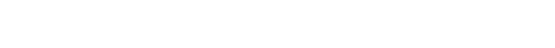
နဲ့ပဲ အံကြိတ်အားတင်းပြီး မသေခင် နောက်ဆုံးခရီးကြမ်းကို လှမ်းနေတာပဲ။